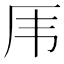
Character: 𠨼